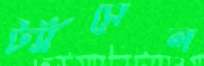
ট্যাঁসেল